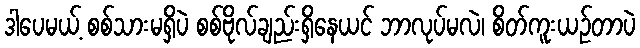
ဒါပေမယ့် စစ်သားမရှိပဲ စစ်ဗိုလ်ချည်းရှိနေယင် ဘာလုပ်မလဲ၊ စိတ်ကူးယဉ်တာပဲ